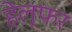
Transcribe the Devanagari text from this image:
हेल्फर